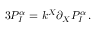
3 P _ { I } ^ { \alpha } = k ^ { X } \partial _ { X } P _ { I } ^ { \alpha } \, .